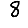
Digit: 8